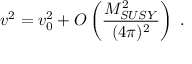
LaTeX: v ^ { 2 } = v _ { 0 } ^ { 2 } + O \left( \frac { M _ { S U S Y } ^ { 2 } } { ( 4 \pi ) ^ { 2 } } \right) \; .